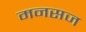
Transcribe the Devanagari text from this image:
मनसज